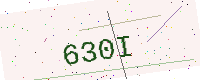
Text: 630I